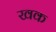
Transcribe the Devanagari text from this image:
खक